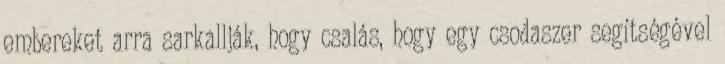
embereket arra sarkallják, hogy csalás, hogy egy csodaszer segítségével